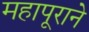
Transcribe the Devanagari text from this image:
महापूराने